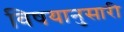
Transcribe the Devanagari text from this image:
विषयानुसारी